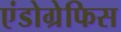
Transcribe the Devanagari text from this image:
एंडोग्रेफिस